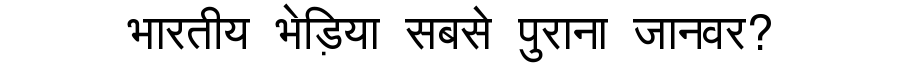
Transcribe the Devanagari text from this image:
भारतीय भेड़िया सबसे पुराना जानवर?